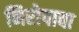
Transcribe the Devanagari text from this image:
निरोपावा